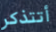
أتتذكر